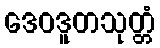
ဒေဝဒူတသုတ္တံ